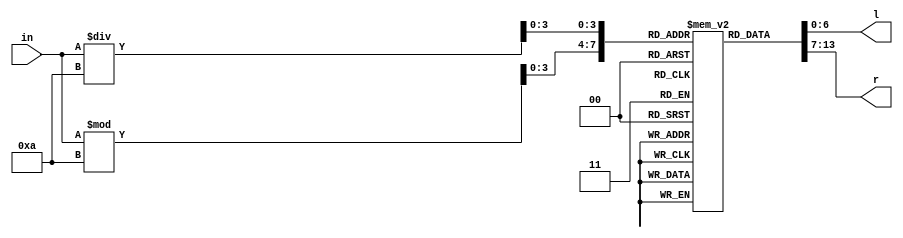
module Lookup(in, l, r);
    input [3:0] in;     // 4 bit counter
    output [6:0] l, r;  // left and right display
    reg [6:0] Out[0:15];
    
    wire [3:0] d1, d0;

    initial
    begin
        Out[0] = 7'b1000000;
        Out[1] = 7'b1111001;
        Out[2] = 7'b0100100;
        Out[3] = 7'b0110000;
        Out[4] = 7'b0011001;
        Out[5] = 7'b0010010;
        Out[6] = 7'b0000010;
        Out[7] = 7'b1111000;
        Out[8] = 7'b0000000;
        Out[9] = 7'b0010000;
    end
    
    assign d1 = in / 'd10;
    assign d0 = in % 'd10;
    assign r = Out[d0];
    assign l = Out[d1];
endmodule